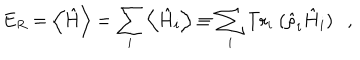
E _ { R } = \left\langle \hat { H } \right\rangle = \sum _ { i } \left\langle \hat { H } _ { i } \right\rangle \equiv \sum _ { i } \mathrm { T r } _ { i } ~ ( \hat { \rho } _ { i } \hat { H } _ { i } ) ,